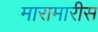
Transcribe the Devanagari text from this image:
मारामारीस